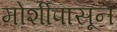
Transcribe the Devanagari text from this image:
मोर्शीपासून